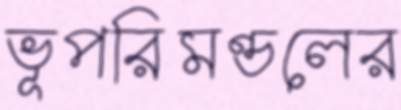
ভূপরিমণ্ডলের